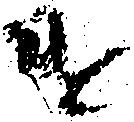
け